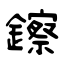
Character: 鑔